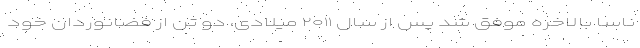
ناسا بالاخره موفق شد پس از سال ۲۰۱۱ میلادی، دو تن از فضانوردان خود